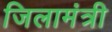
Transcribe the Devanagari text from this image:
जिलामंत्री